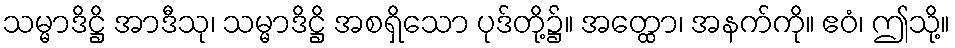
သမ္မာဒိဋ္ဌိ အာဒီသု၊ သမ္မာဒိဋ္ဌိ အစရှိသော ပုဒ်တို့၌။ အတ္ထော၊ အနက်ကို။ ဧဝံ၊ ဤသို့။